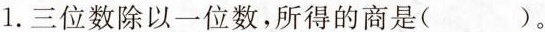
1.三位数除以一位数，所得的商是()